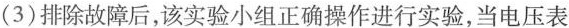
(3)排除故障后，该实验小组正确操作进行实验，当电压表